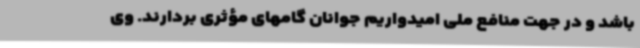
باشد و در جهت منافع ملی امیدواریم جوانان گامهای مؤثری بردارند. وی